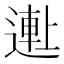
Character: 𬨺